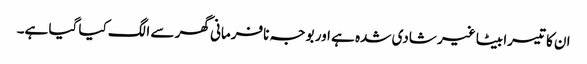
ان کا تیسرا بیٹا غیر شادی شدہ ہے اور بوجہ نافرمانی گھر سے الگ کیا گیا ہے۔